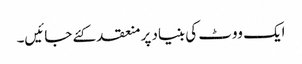
ایک ووٹ کی بنیاد پر منعقد کئے جائیں۔